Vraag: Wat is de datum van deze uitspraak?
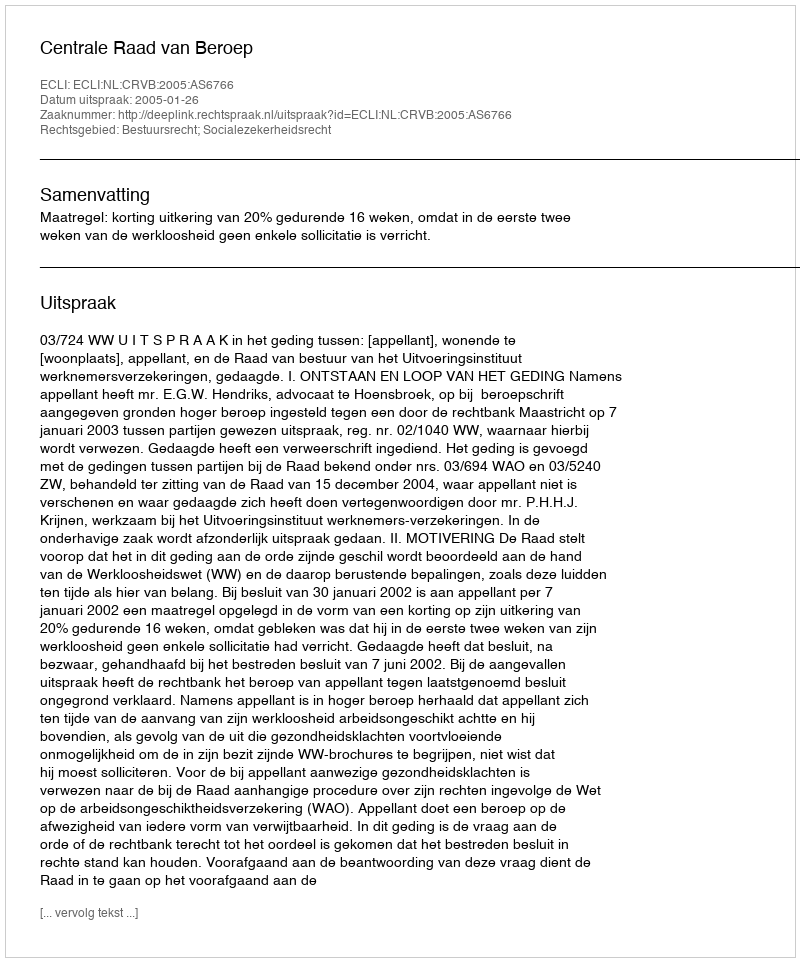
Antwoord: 2005-01-26